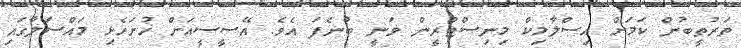
ތަރުތީބުން ކަމަށް އިސްލާމިކް މިނިސްޓްރީން ވަނީ ބުނެފަ އެވެ. އޭސީސީއަށް ހުށަހެޅި މައްސަލާގައި